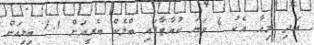
އަދި މިއާ އެކު 4 ވަނަ ކުއާޓާގައި ބްލެކް ބެރީއަށް 1.1 ބިލިއަން